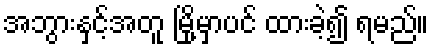
အဘွားနှင့်အတူ မြို့မှာပင် ထားခဲ့၍ ရမည်။